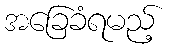
အခြေခံရမည့်